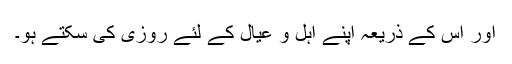
اور اس کے ذریعہ اپنے اہل و عیال کے لئے روزی کی سکتے ہو۔